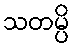
သတမ္ပိ